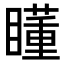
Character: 𥋾